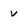
Character: v